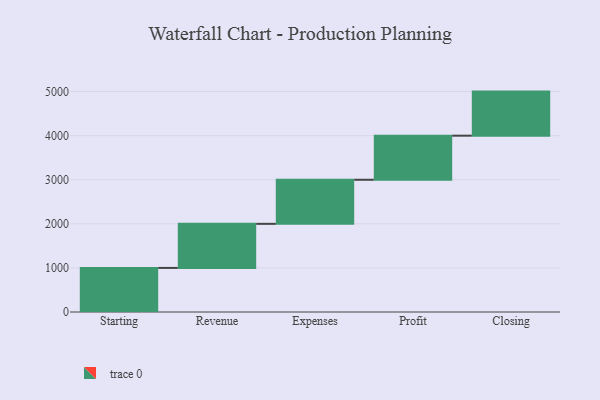
{"axis": {"x": "Step", "y": "Value"}, "legend": [""], "data": [{"x": "Starting", "y": 1000, "type": ""}, {"x": "Revenue", "y": 1000, "type": ""}, {"x": "Expenses", "y": 1000, "type": ""}, {"x": "Profit", "y": 1000, "type": ""}, {"x": "Closing", "y": 1000, "type": ""}]}